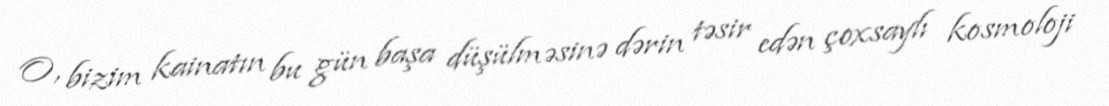
O, bizim kainatın bu gün başa düşülməsinə dərin təsir edən çoxsaylı kosmoloji